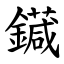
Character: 䥠